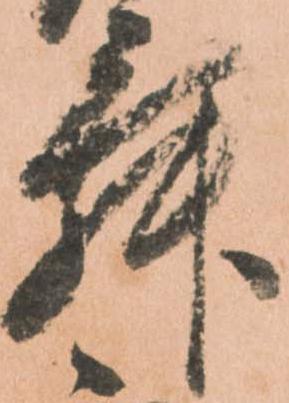
舞